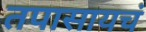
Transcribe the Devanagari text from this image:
तपासायचं